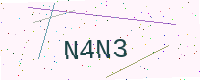
Text: N4N3